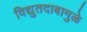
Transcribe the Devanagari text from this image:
विद्युतदाबामुळे